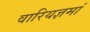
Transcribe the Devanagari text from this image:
वारियज्ञमां